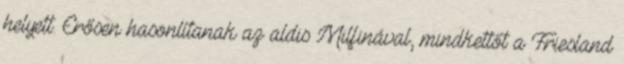
helyett. Erősen hasonlítanak az aldis Milfinával, mindkettőt a Friesland